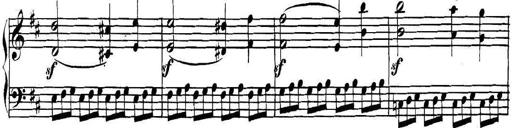
Title: Collected Piano Sonatas
Composer: Muzio Clementi